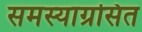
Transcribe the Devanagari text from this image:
समस्याग्रसित